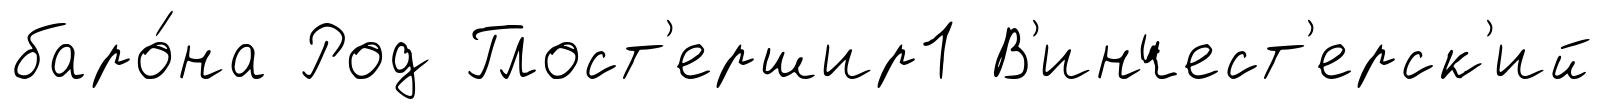
баро́на Род Глост'ершир1 В'инчест'ерск'ий